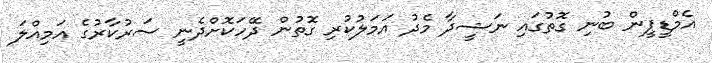
އެމްޑީޕީން ބުނި ގޮތުގައި ނަޝީދާ މެދު އަމަލުކުރި ގޮތުން ދޭހަކޮށްދެނީ ސަރުކާރުގެ އަމިއްލަ